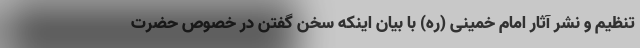
تنظیم و نشر آثار امام خمینی (ره) با بیان اینکه سخن گفتن در خصوص حضرت